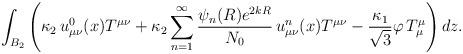
LaTeX: \begin{align*} \int_{B_2} \left( \kappa_2 \, u^0_{\mu\nu}(x) T^{\mu\nu}+\kappa_2 \sum_{n=1}^\infty \frac{\psi_n (R)e^{2kR}}{N_{0}}\, u^n_{\mu\nu}(x) T^{\mu\nu}-\frac{\kappa_1}{ \sqrt{3}} \varphi\, T_\mu^\mu\right)dz.\end{align*}